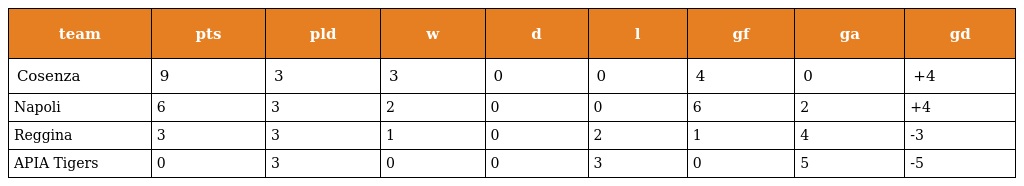
| team | pts | pld | w | d | l | gf | ga | gd |
 | --- | --- | --- | --- | --- | --- | --- | --- | --- |
 | Cosenza | 9 | 3 | 3 | 0 | 0 | 4 | 0 | +4 |
 | Napoli | 6 | 3 | 2 | 0 | 0 | 6 | 2 | +4 |
 | Reggina | 3 | 3 | 1 | 0 | 2 | 1 | 4 | -3 |
 | APIA Tigers | 0 | 3 | 0 | 0 | 3 | 0 | 5 | -5 |